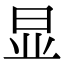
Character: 显